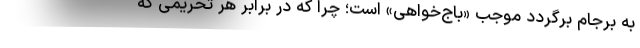
به برجام برگردد موجب «باج‌خواهی» است؛ چرا که در برابر هر تحریمی که